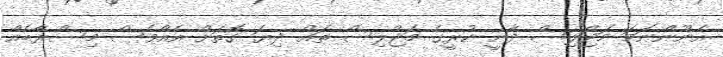
އެނޫންނަމަ މަޖްލިސް ދާނީ ކުރީގެ މަޖްލިސް ތައް ދިޔަ ގޮތަށް އެއްވެސް މިސްރާބެއް